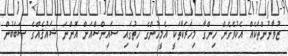
ޒުވާނުންތަކެއް އެކުވެގެން ހިންގާ މިހަރަކާތަކީ އެމީހުންގެ ހިތުގައި ސައިންސްއަށް އޮންނަ ޝައުޤެއްގެ ސަބަބުން